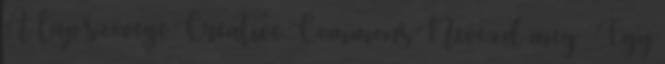
A lap szövege Creative Commons Nevezd meg – Így